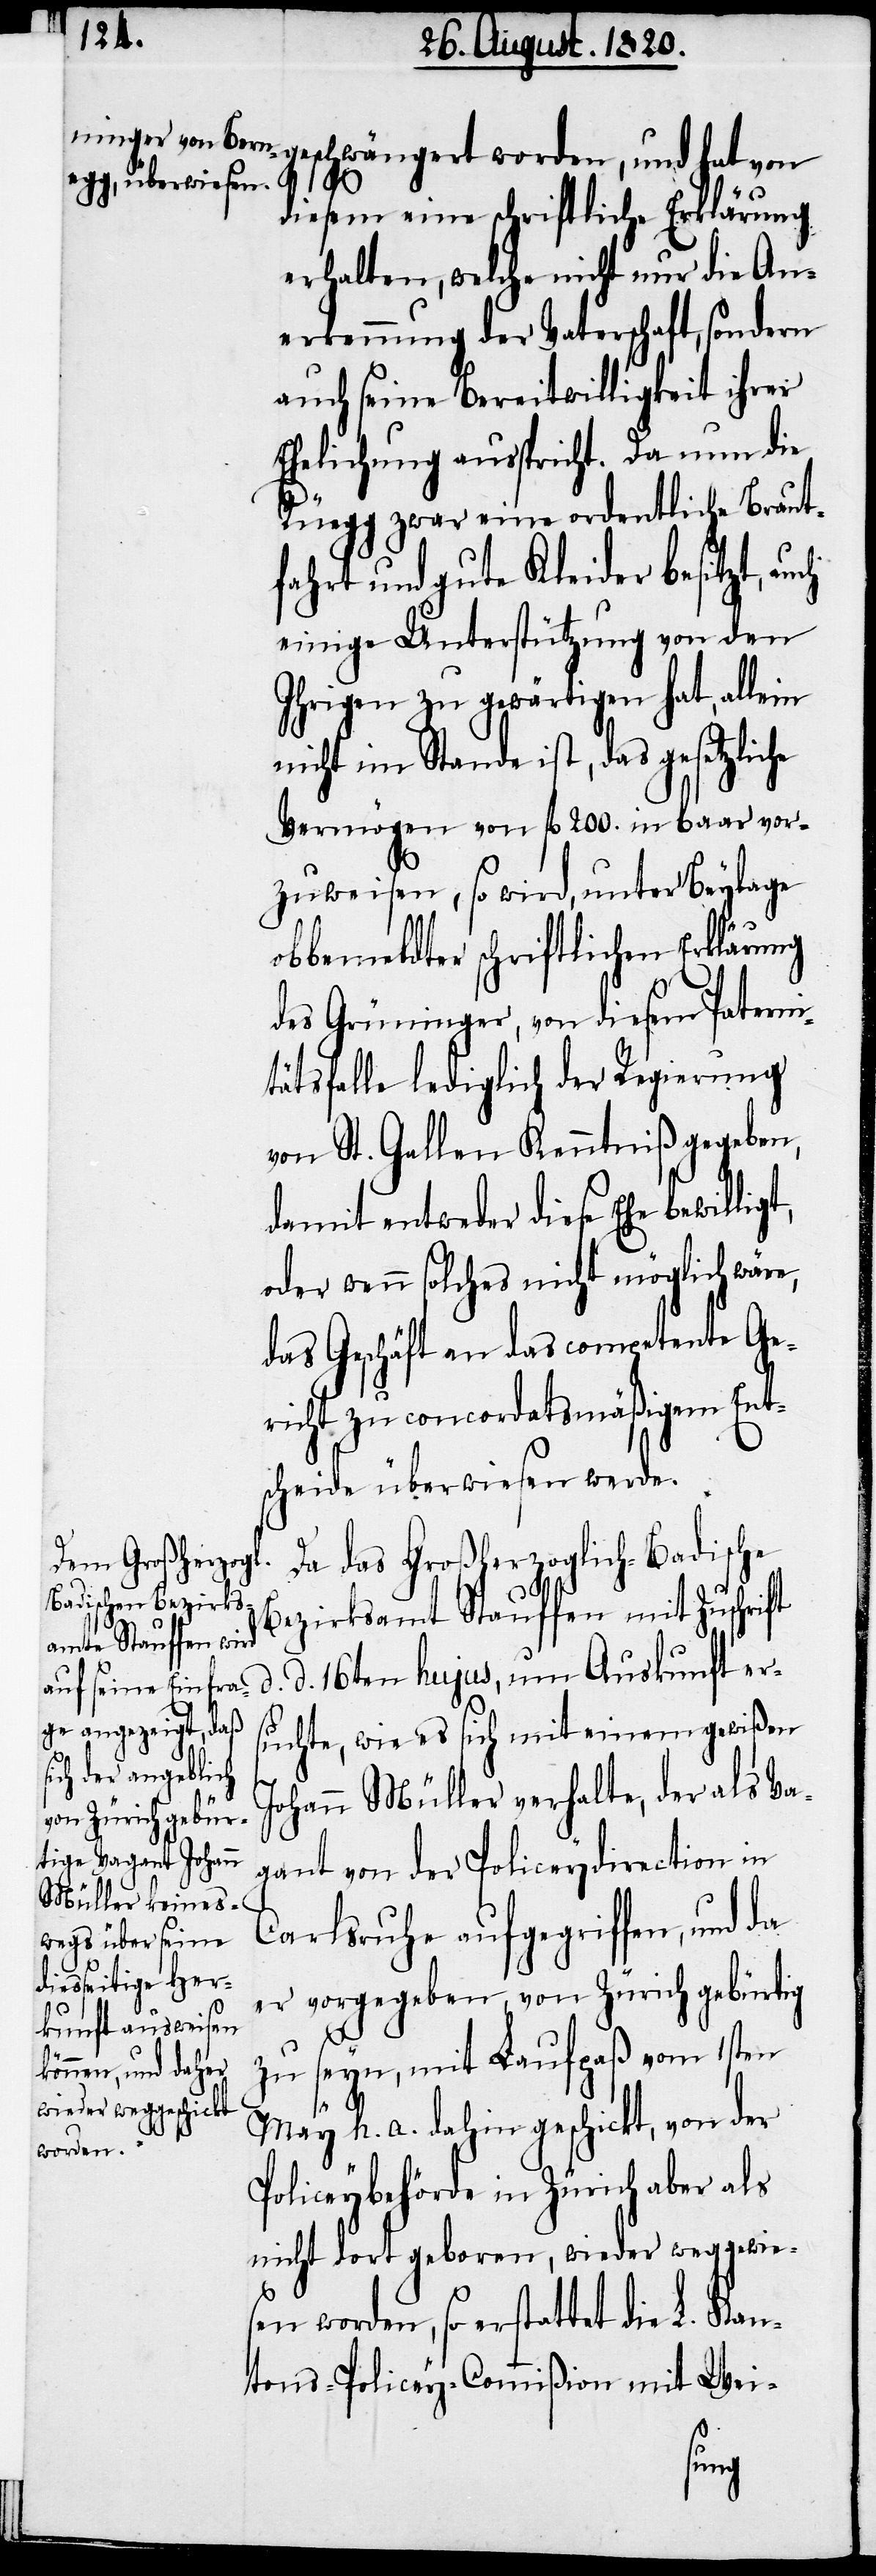
d.

diesem eine schriftliche Erklärung
erhalten, welche nicht nur die An¬
erkennung der Vaterschaft, sondern
auch seine Bereitwilligkeit ihrer
Ehelichung ausspricht. Da nun die
Rüegg zwar eine ordentliche Braut¬
fahrt und gute Kleider besitzt,
einige Unterstützung von den
Ihrigen zu gewärtigen hat, allein
nicht im Stande ist, das gesetzliche
Vermögen von fl. 200. in baar vor¬
zuweisen, so wird, unter Beylage
obbemeldter schriftlichen Erklärung
des Grüninger, von diesem Paterni¬
tätsfalle lediglich der Regierung
von St. Gallen Kenntniß gegeben,
damit entweder diese Ehe bewillig¬
oder wenn solches nicht möglich wäre,
das Geschäft an das competente Ge¬
richt zu concordatsmäßigem Ent¬
scheide überwiesen werde.
Da das Großherzoglich-Badische
Bezirksamt Stauffen mit Zuschrift
d. 16ten hujus, um Auskunft ers¬
uchte, wie es sich mit einem gewißen
Johann Müller verhalte, der als Va¬
gant von der Policeydirection in
Carlsruhe aufgegriffen, und da
er vorgegeben, von Zürich gebürtig
zu seyn, mit Laufpaß vom 1sten
May h. a. dahin geschickt, von der
worden,
Policeybehörde in Zürich aber als
nicht dort geboren, wieder weggewie¬
sen worden, so erstattet die L. Kan¬
tons-Policey-Commißion mit Wei-
und